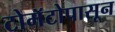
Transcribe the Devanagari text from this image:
टोमॅटोपासून